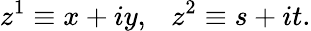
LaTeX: z^{1}\equiv x+iy,~~~z^{2}\equiv s+it.